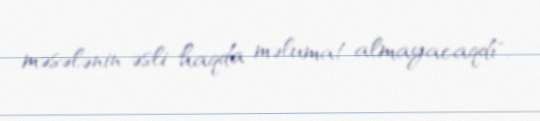
məsələnin əsli haqda məlumat almayacaqdı".